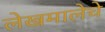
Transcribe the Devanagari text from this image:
लेखमालेचे